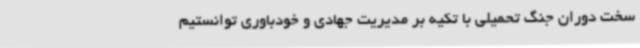
سخت دوران جنگ تحمیلی با تکیه‌ بر مدیریت جهادی و خودباوری توانستیم